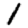
Digit: 1